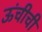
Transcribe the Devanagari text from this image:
ऊंचीची